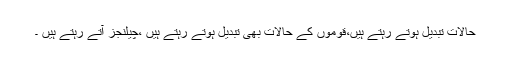
حالات تبدیل ہوتے رہتے ہیں،قوموں کے حالات بھی تبدیل ہوتے رہتے ہیں ،چیلنجز آتے رہتے ہیں ۔